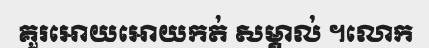
គួរអោយអោយកត់ សម្គាល់ ។លោក